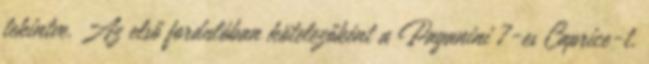
tekintve. Az első fordulóban kötelezőként a Paganini 7-es Caprice-t,